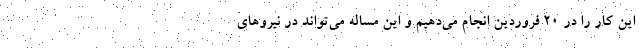
این کار را در ۲۰ فروردین انجام می‌دهیم و این مساله می‌تواند در نیروهای